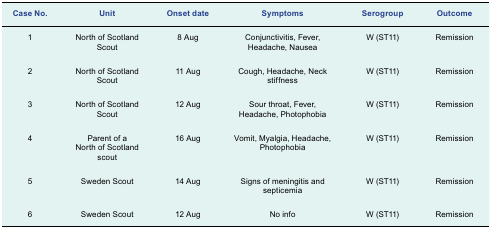
| Case No. | Unit | Onset date | Symptoms | Serogroup | Outcome |
 | --- | --- | --- | --- | --- | --- |
 | 1 | North of Scotland Scout | 8 Aug | Conjunctivitis, Fever, Headache, Nausea | W (ST11) | Remission |
 | 2 | North of Scotland Scout | 11 Aug | Cough, Headache, Neck stiffness | W (ST11) | Remission |
 | 3 | North of Scotland Scout | 12 Aug | Sour throat, Fever, Headache, Photophobia | W (ST11) | Remission |
 | 4 | Parent of a North of Scotland scout | 16 Aug | Vomit, Myalgia, Headache, Photophobia | W (ST11) | Remission |
 | 5 | Sweden Scout | 14 Aug | Signs of meningitis and septicemia | W (ST11) | Remission |
 | 6 | Sweden Scout | 12 Aug | No info | W (ST11) | Remission |